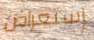
إستعراض